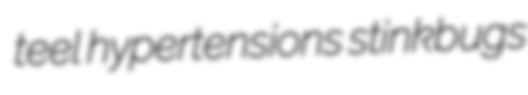
teel hypertensions stinkbugs